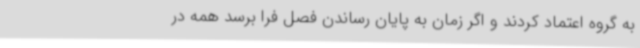
به گروه اعتماد کردند و اگر زمان به پایان رساندن فصل فرا برسد همه در